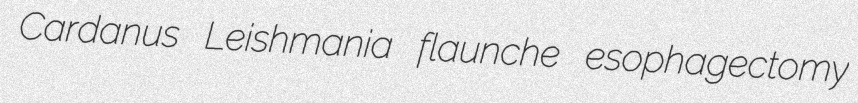
Cardanus Leishmania flaunche esophagectomy